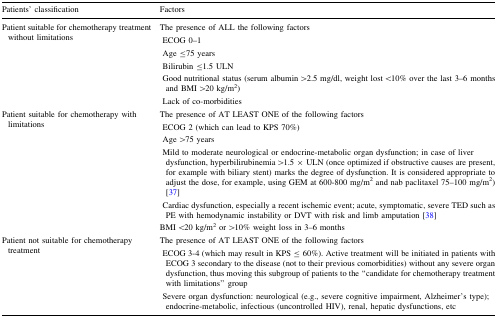
<table><thead><tr><td><b>Patients’ classification</b></td><td><b>Factors</b></td></tr></thead><tbody><tr><td>Patient suitable for chemotherapy treatment without limitations</td><td>The presence of ALL the following factors ECOG 0–1 Age ≤75 years Bilirubin ≤1.5 ULN Good nutritional status (serum albumin &gt;2.5 mg/dl, weight lost &lt;10% over the last 3–6 months and BMI &gt;20 kg/m<sup>2</sup>) Lack of co-morbidities</td></tr><tr><td>Patient suitable for chemotherapy with limitations</td><td>The presence of AT LEAST ONE of the following factors ECOG 2 (which can lead to KPS 70%) Age &gt;75 years Mild to moderate neurological or endocrine-metabolic organ dysfunction; in case of liver dysfunction, hyperbilirubinemia &gt;1.5 × ULN (once optimized if obstructive causes are present, for example with biliary stent) marks the degree of dysfunction. It is considered appropriate to adjust the dose, for example, using GEM at 600-800 mg/m<sup>2</sup> and nab paclitaxel 75–100 mg/m<sup>2</sup>) [37] Cardiac dysfunction, especially a recent ischemic event; acute, symptomatic, severe TED such as PE with hemodynamic instability or DVT with risk and limb amputation [38]BMI &lt;20 kg/m<sup>2</sup> or &gt;10% weight loss in 3–6 months</td></tr><tr><td>Patient not suitable for chemotherapy treatment</td><td>The presence of AT LEAST ONE of the following factors ECOG 3-4 (which may result in KPS ≤ 60%). Active treatment will be initiated in patients with ECOG 3 secondary to the disease (not to their previous comorbidities) without any severe organ dysfunction, thus moving this subgroup of patients to the “candidate for chemotherapy treatment with limitations” group Severe organ dysfunction: neurological (e.g., severe cognitive impairment, Alzheimer’s type); endocrine-metabolic, infectious (uncontrolled HIV), renal, hepatic dysfunctions, etc</td></tr></tbody></table>